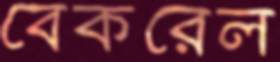
বেকরেল